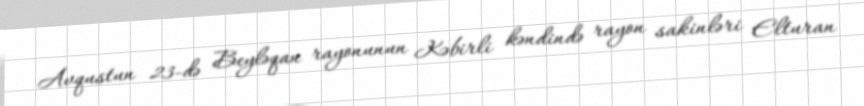
Avqustun 23-də Beyləqan rayonunun Kəbirli kəndində rayon sakinləri Elturan